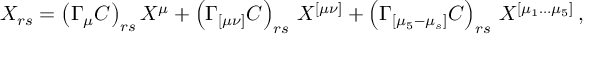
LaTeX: X _ { r s } = \left( \Gamma _ { \mu } C \right) _ { r s } X ^ { \mu } + \left( \Gamma _ { [ \mu \nu ] } C \right) _ { r s } \, X ^ { [ \mu \nu ] } + \left( \Gamma _ { [ \mu _ { 5 } - \mu _ { s } ] } C \right) _ { r s } \, X ^ { [ \mu _ { 1 } \ldots \mu _ { 5 } ] } \, ,